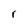
Character: r